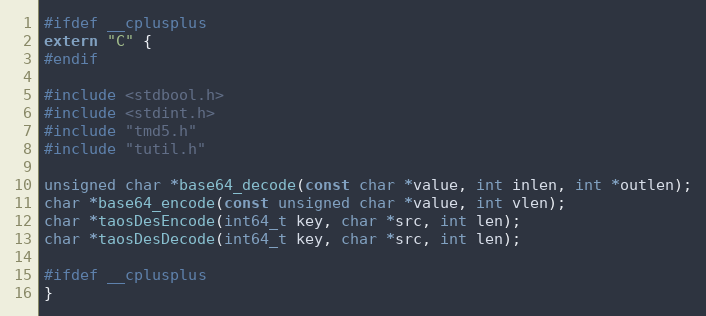
Language: C
#ifdef __cplusplus
extern "C" {
#endif

#include <stdbool.h>
#include <stdint.h>
#include "tmd5.h"
#include "tutil.h"

unsigned char *base64_decode(const char *value, int inlen, int *outlen);
char *base64_encode(const unsigned char *value, int vlen);
char *taosDesEncode(int64_t key, char *src, int len);
char *taosDesDecode(int64_t key, char *src, int len);

#ifdef __cplusplus
}